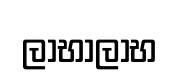
ලාභාලාභ